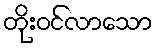
တိုးဝင်လာသော